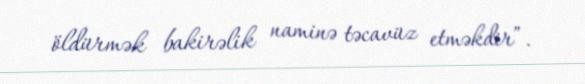
öldürmək bakirəlik naminə təcavüz etməkdir”.